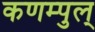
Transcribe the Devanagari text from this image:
कणम्पुल्